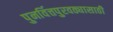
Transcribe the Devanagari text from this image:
पुनर्वित्तपुरवठ्यासाठी